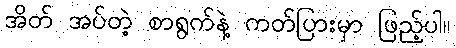
အိတ် အပ်တဲ့ စာရွက်နဲ့ ကတ်ပြားမှာ ဖြည့်ပါ။